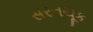
સરતચૂક